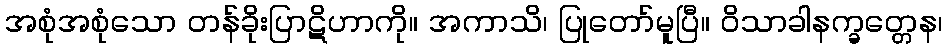
အစုံအစုံသော တန်ခိုးပြာဋိဟာကို။ အကာသိ၊ ပြုတော်မူပြီ။ ဝိသာခါနက္ခတ္တေန၊